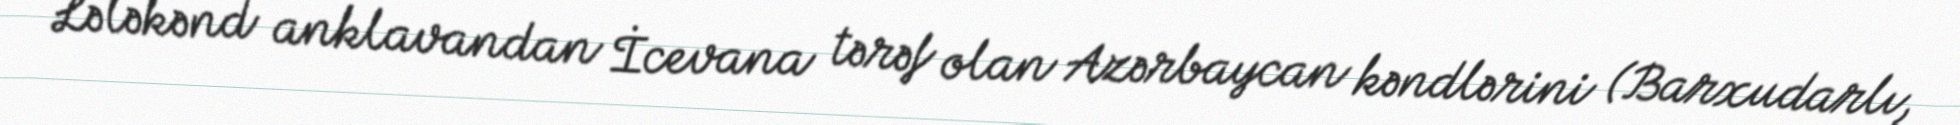
Lələkənd anklavandan İcevana tərəf olan Azərbaycan kəndlərini (Barxudarlı,